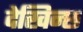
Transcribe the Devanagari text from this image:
देखिन्छ